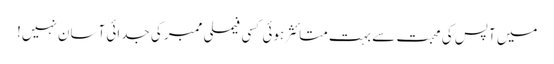
میں آپس کی محبت سے بہت متائثر ہوئی کسی فیملی ممبر کی جدائی آسان نہیں!